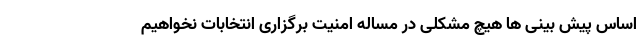
اساس پیش بینی ها هیچ مشکلی در مساله امنیت برگزاری انتخابات نخواهیم